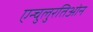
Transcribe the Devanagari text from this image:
एन्चुलुरतिओन